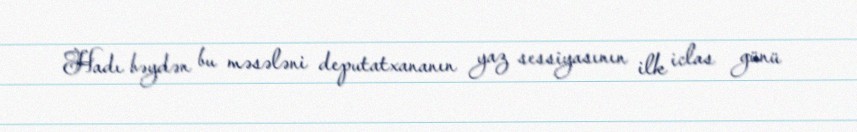
Hadı bəydən bu məsələni deputatxananın yaz sessiyasının ilk iclas günü